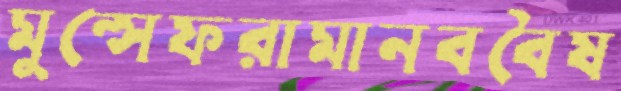
মুন্সেফরামানববৈষ